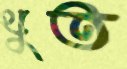
থুত